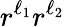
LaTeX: r^{\ell_{1}}r^{\ell_{2}}